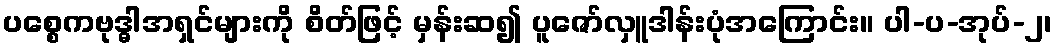
ပစ္စေကဗုဒ္ဓါအရှင်များကို စိတ်ဖြင့် မှန်းဆ၍ ပူဇော်လှူဒါန်းပုံအကြောင်း။ ပါ-ပ-အုပ်-၂၊